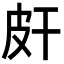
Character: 皯